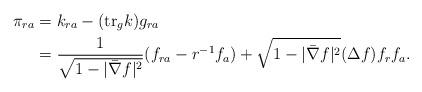
LaTeX: \begin{align*}\pi_{ra}&=k_{ra}-(\mbox{tr}_g k) g_{ra}\\&=\frac{1}{\sqrt{1-|\bar{\nabla} f|^2}}(f_{ra}-r^{-1} f_a)+ \sqrt{1-|\bar{\nabla} f|^2 } (\Delta f) f_r f_a.\end{align*}